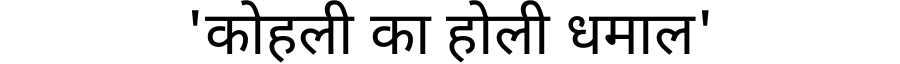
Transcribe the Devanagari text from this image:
'कोहली का होली धमाल'